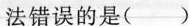
法错误的是(--)